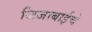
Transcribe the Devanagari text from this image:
जिजाबाईचे